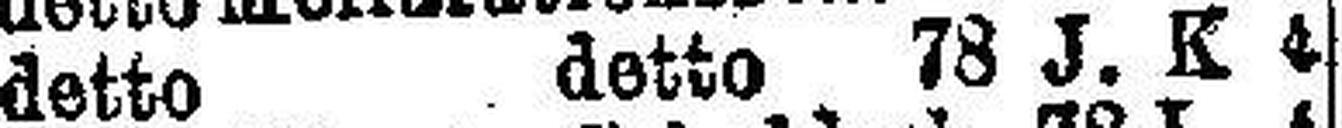
detto detto 78 J. K 4